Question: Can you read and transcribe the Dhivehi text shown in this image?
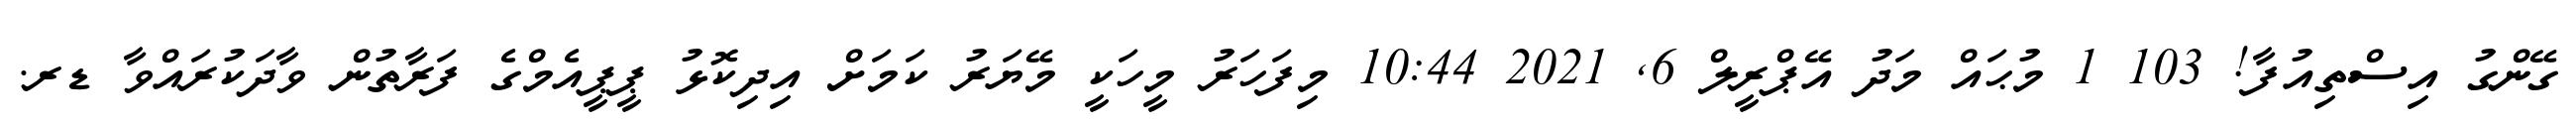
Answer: ގޭންގު އިސްތިއުފާ! 103 1 މުޙައް މަދު އޭޕްރީލް 6, 2021 10:44 މިފަހަރު މީހަކީ މޭޔަރު ކަމަށް އިދިކޮޅު ޕީޕީއެމްގެ ފަރާތުން ވާދަކުރައްވާ ޑރ.